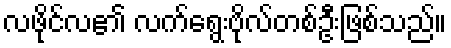
လဖိုင်လ၏ လက်ရွေးဗိုလ်တစ်ဦးဖြစ်သည်။